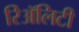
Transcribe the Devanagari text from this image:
रिॲलिटी